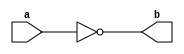
module not_gate (
    a,
    b
);
  input a;
  output b;

  assign b = !a;
endmodule

module testbench;

  reg  a;
  wire b;

  initial begin

    $dumpfile("waveform.vcd");  //vcd = verilog change dump
    $dumpvars(0, gate1);
    /*argument 1 = level (0/1), argument 2 = which modules 
        level 0 means all variables gets selected
        level 1 means you get to specify the variables */

    a = 0;
    //$display("a = %b, b = %b", a,b);

    #2 a = 1;
    //$display("a = %b, b = %b", a,b);

    #2 a = 0;
    //$display("a = %b, b = %b", a,b);

    #2 $finish;
  end

  not_gate gate1 (
      a,
      b
  );
endmodule